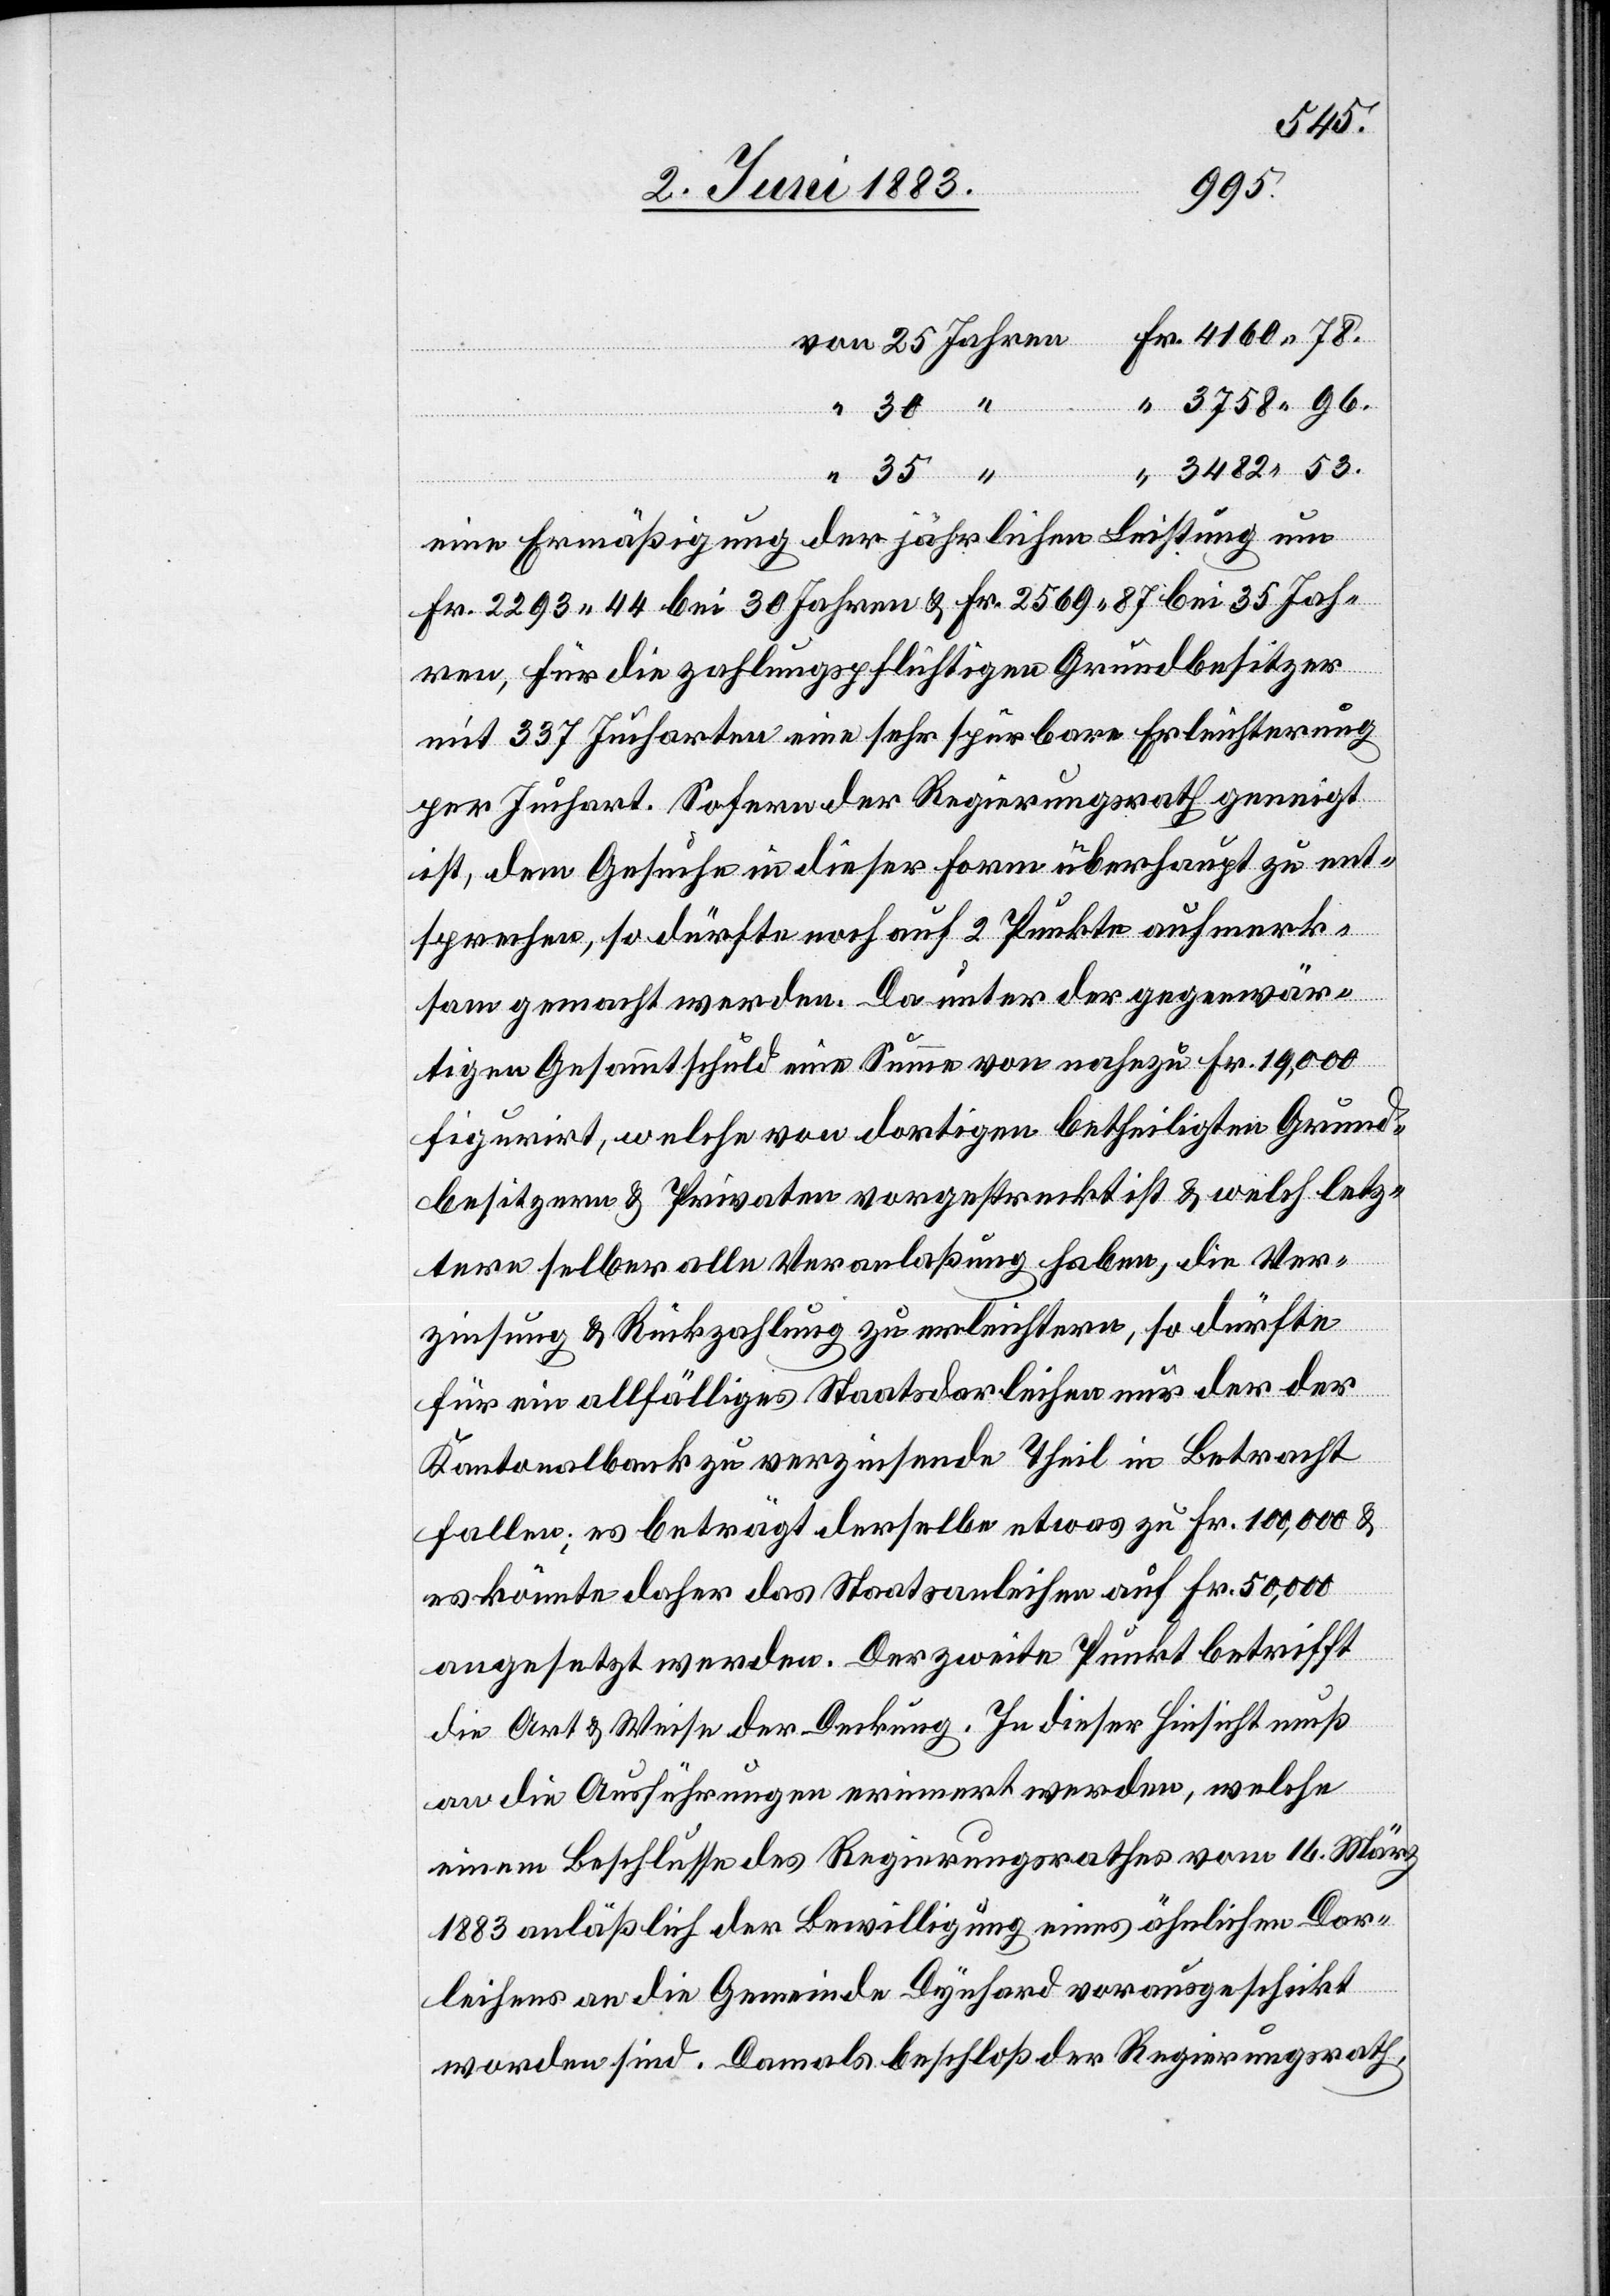
53.
96.
eine Ermäßigung der jährlichen Leistung um
Fr. 2293 44 bei 30 Jahren & Fr. 2569 87 bei 35 Jah¬
ren, für die zahlungspflichtigen Grundbesitzer
mit 337 Jucharten eine sehr spürbare Erleichterung
per Juchart. Sofern der Regierungsrath geneigt
ist, dem Gesuche in dieser Form überhaupt zu ent¬
sprechen, so dürfte noch auf 2 Punkte aufmerk¬
sam gemacht werden. Da unter der gegenwär¬
tigen Gesammtschuld eine Summe von nahezu Fr. 19,000
figurirt, welche von dortigen betheiligten Grund¬
besitzern & Privaten vorgestreckt ist & welch letz¬
tere selber alle Veranlaßung haben, die Ver¬
zinsung & Rückzahlung zu erleichtern, so dürfte
für ein allfälliges Staatsdarleihen nur der der
Kantonalbank zu verzinsende Theil in Betracht
fallen; es beträgt derselbe etwas zu Fr. 100,000 &
es könnte daher das Staatsanleihen auf Fr. 50,000
angesetzt werden. Der zweite Punkt betrifft
die Art & Weise der Deckung. In dieser Hinsicht muß
an die Ausführungen erinnert werden, welche
einem Beschlusse des Regierungsrathes vom 16. März
1883 anläßlich der Bewilligung eines ähnlichen Dar¬
leihens an die Gemeinde Dynhard vorausgeschickt
worden sind. Damals beschloß der Regierungsrath,